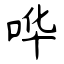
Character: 哗